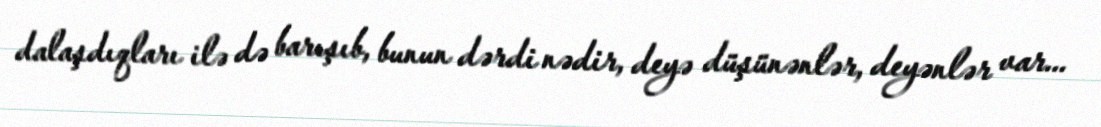
dalaşdıqları ilə də barışıb, bunun dərdi nədir, deyə düşünənlər, deyənlər var...